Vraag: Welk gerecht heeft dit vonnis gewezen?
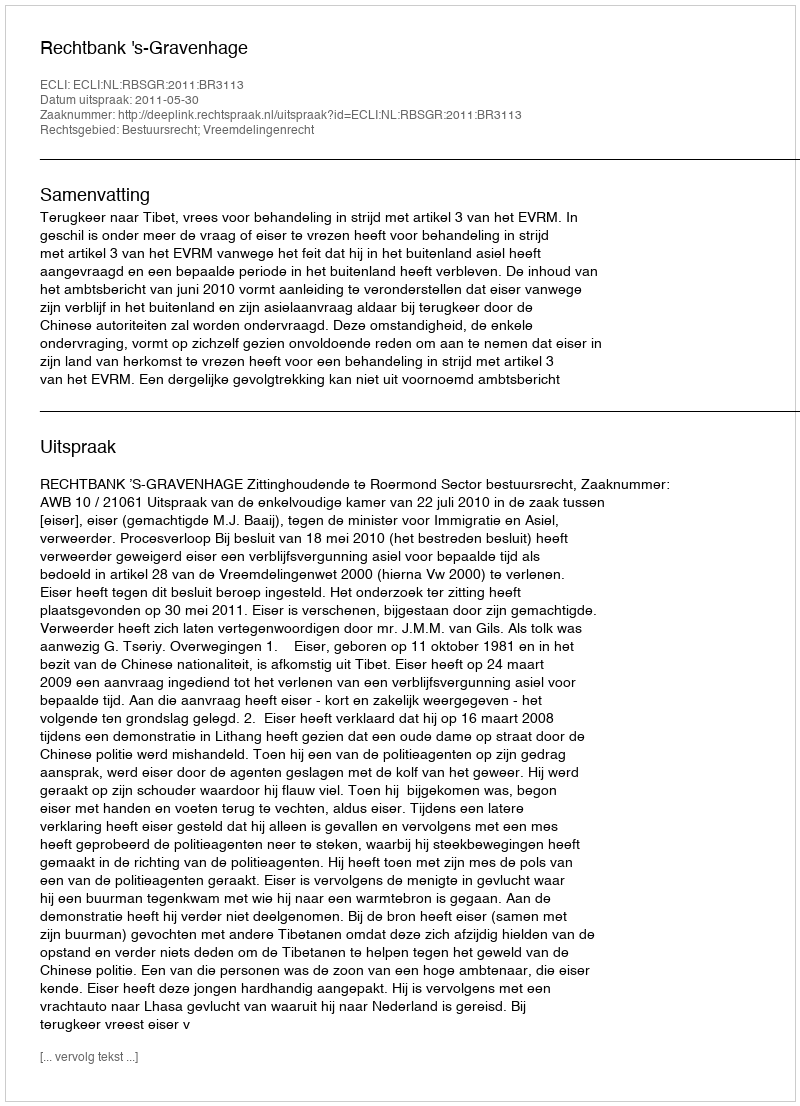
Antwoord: Rechtbank 's-Gravenhage